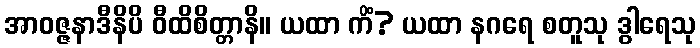
အာဝဇ္ဇနာဒီနိပိ ဝီထိစိတ္တာနိ။ ယထာ ကိံ? ယထာ နဂရေ စတူသု ဒွါရေသု